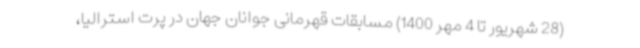
(28 شهریور تا 4 مهر 1400) مسابقات قهرمانی جوانان جهان در پرت استرالیا،